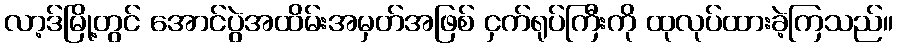
လာ့ဒ်မြို့တွင် အောင်ပွဲအထိမ်းအမှတ်အဖြစ် ငှက်ရုပ်ကြီးကို ထုလုပ်ထားခဲ့ကြသည်။